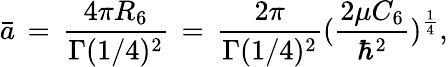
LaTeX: {\bar{a}\, =\, \frac{4\pi R_{6}}{\Gamma(1/4)^{2}}\, =\, \frac{2\pi}{\Gamma(1/4)^{2}}(\frac{2\mu C_{6}}{\hbar^{2}})^{\frac{1}{4}},}